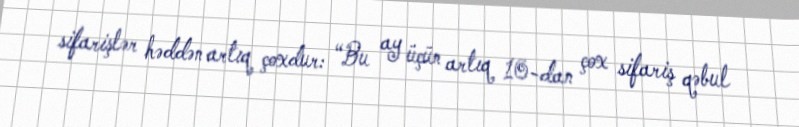
sifarişlər həddən artıq çoxdur: “Bu ay üçün artıq 10-dan çox sifariş qəbul